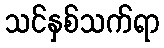
သင်နှစ်သက်ရာ